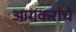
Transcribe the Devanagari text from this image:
आगकरांचे